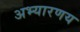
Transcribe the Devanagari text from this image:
अभ्यारणय